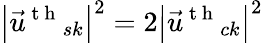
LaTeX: {{\left|{{{\vec{u}}}^{\mathrm{~t~h~}}}_{sk}\right|}^{2}}=2{{\left|{{{\vec{u}}}^{\mathrm{~t~h~}}}_{ck}\right|}^{2}}